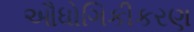
ઔધોગિકીકરણ